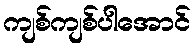
ကျစ်ကျစ်ပါအောင်